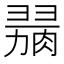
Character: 𦞋